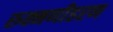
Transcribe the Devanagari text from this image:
रुक्मणीहरण